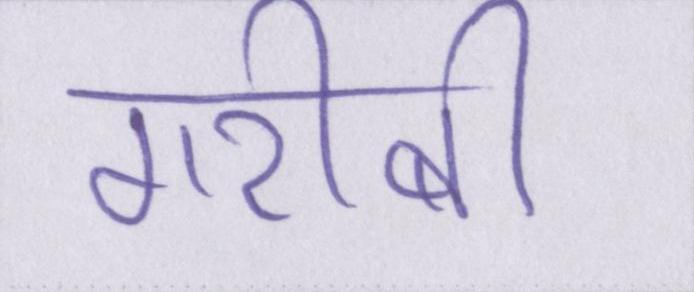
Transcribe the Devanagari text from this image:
गरीबी